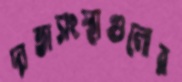
দাতাসংস্থাগুলোর